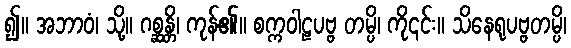
၍။ အဘာဝံ၊ သို့။ ဂစ္ဆန္တိ၊ ကုန်၏။ စက္ကဝါဠပဗ္ဗ တမ္ပိ၊ ကို၎င်း။ သိနေရုပဗ္ဗတမ္ပိ၊